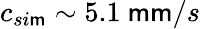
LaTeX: c_{si\mathsf{m}}\sim5.1~\mathsf{m}\mathsf{m}/s